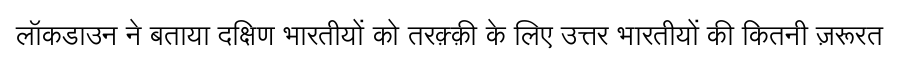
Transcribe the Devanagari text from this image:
लॉकडाउन ने बताया दक्षिण भारतीयों को तरक़्क़ी के लिए उत्तर भारतीयों की कितनी ज़रूरत